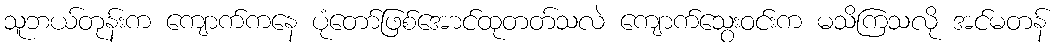
သူဘယ်တုန်းက ကျောက်ကနေ ပုံတော်ဖြစ်အောင်ထုတတ်သလဲ ကျောက်သွေးဝင်းက မသိကြသလို အင်မတန်